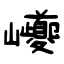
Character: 巎